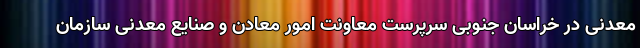
معدنی در خراسان جنوبی سرپرست معاونت امور معادن و صنایع معدنی سازمان